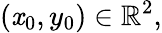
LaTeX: (\mathit{x}_{0},y_{0})\in\mathbb{{R}}^{2},